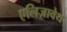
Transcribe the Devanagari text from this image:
एलिज़ावेथ